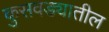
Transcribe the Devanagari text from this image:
कुसवड्यातील